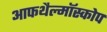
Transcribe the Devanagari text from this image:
आफथैल्मॉस्कोप